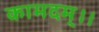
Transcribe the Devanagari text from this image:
कामदम्।।